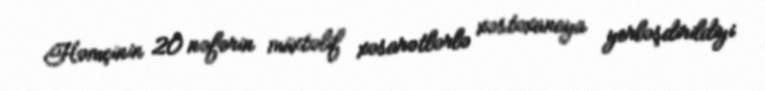
Həmçinin 20 nəfərin müxtəlif xəsarətlərlə xəstəxanaya yerləşdirildiyi